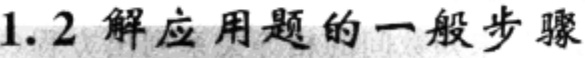
1.2 解应用题的一般步骤